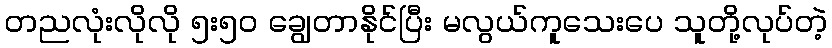
တညလုံးလိုလို ၅း၅၀ ချွေတာနိုင်ပြီး မလွယ်ကူသေးပေ သူတို့လုပ်တဲ့